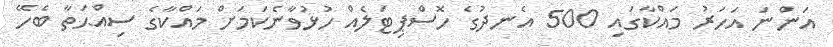
އަންނަ އަހަރު މައްކާގައި 500 އެނދުގެ ހޮސްޕިޓަލެއް ހުޅުވާނެކަމަށް މައްކާގެ ސިއްޙަތާ ބެހޭ